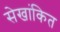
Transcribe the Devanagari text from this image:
सेखांकित